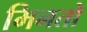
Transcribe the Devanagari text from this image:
मिनतो